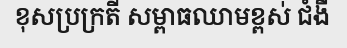
ខុសប្រក្រតី សម្ពាធឈាមខ្ពស់ ជំងឺ